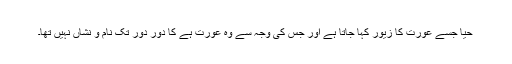
حیا جسے عورت کا زیور کہا جاتا ہے اور جس کی وجہ سے وہ عورت ہے کا دور دور تک نام و نشاں نہیں تھا۔